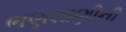
ભણશાણીની